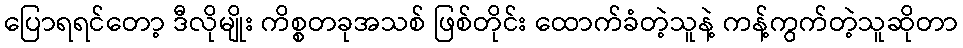
ပြောရရင်တော့ ဒီလိုမျိုး ကိစ္စတခုအသစ် ဖြစ်တိုင်း ထောက်ခံတဲ့သူနဲ့ ကန့်ကွက်တဲ့သူဆိုတာ